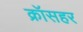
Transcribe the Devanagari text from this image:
क्रॉसहर